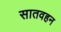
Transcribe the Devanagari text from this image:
सातवहन